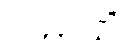
ပဟာသိံ